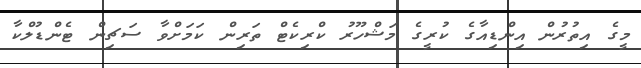
މީގެ އިތުރުން އިންޑިއާގެ ކުރީގެ މަޝްހޫރު ކްރިކެޓް ތަރިން ކަމަށްވާ ސަޗިން ޓެންޑުލްކާ